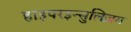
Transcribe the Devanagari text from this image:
हाइपरइन्सुलिज़म